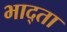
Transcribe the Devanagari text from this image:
भाद्ता